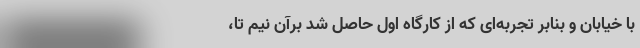
با خیابان و بنابر تجربه‌ای که از کارگاه اول حاصل شد برآن نیم تا،